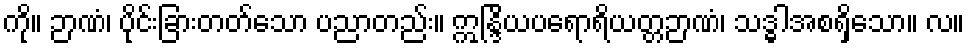
ကို။ ဉာဏံ၊ ပိုင်းခြားတတ်သော ပညာတည်း။ ဣန္ဒြိယပရောရိယတ္တဉာဏံ၊ သဒ္ဓါအစရှိသော။ လ။